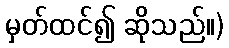
မှတ်ထင်၍ ဆိုသည်။)